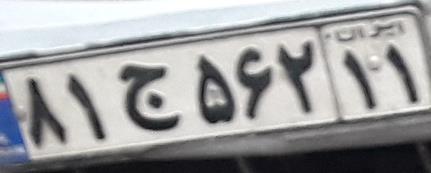
۸۱ج۵۶۲۱۱